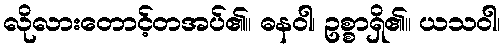
လိုလားတောင့်တအပ်၏။ ဓနဝါ၊ ဥစ္စာရှိ၏။ ယသဝါ၊